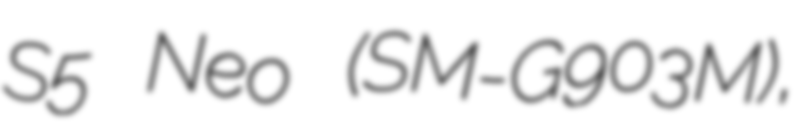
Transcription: S5 Neo (SM-G903M),